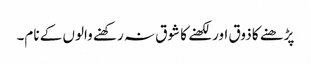
پڑھنے کا ذوق اور لکھنے کا شوق نہ رکھنے والوں کے نام۔